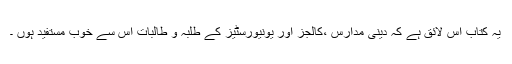
یہ کتاب اس لائق ہے کہ دینی مدارس ،کالجز اور یونیورسٹیز کے طلبہ و طالبات اس سے خوب مستفید ہوں ۔